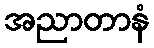
အညာတာနံ